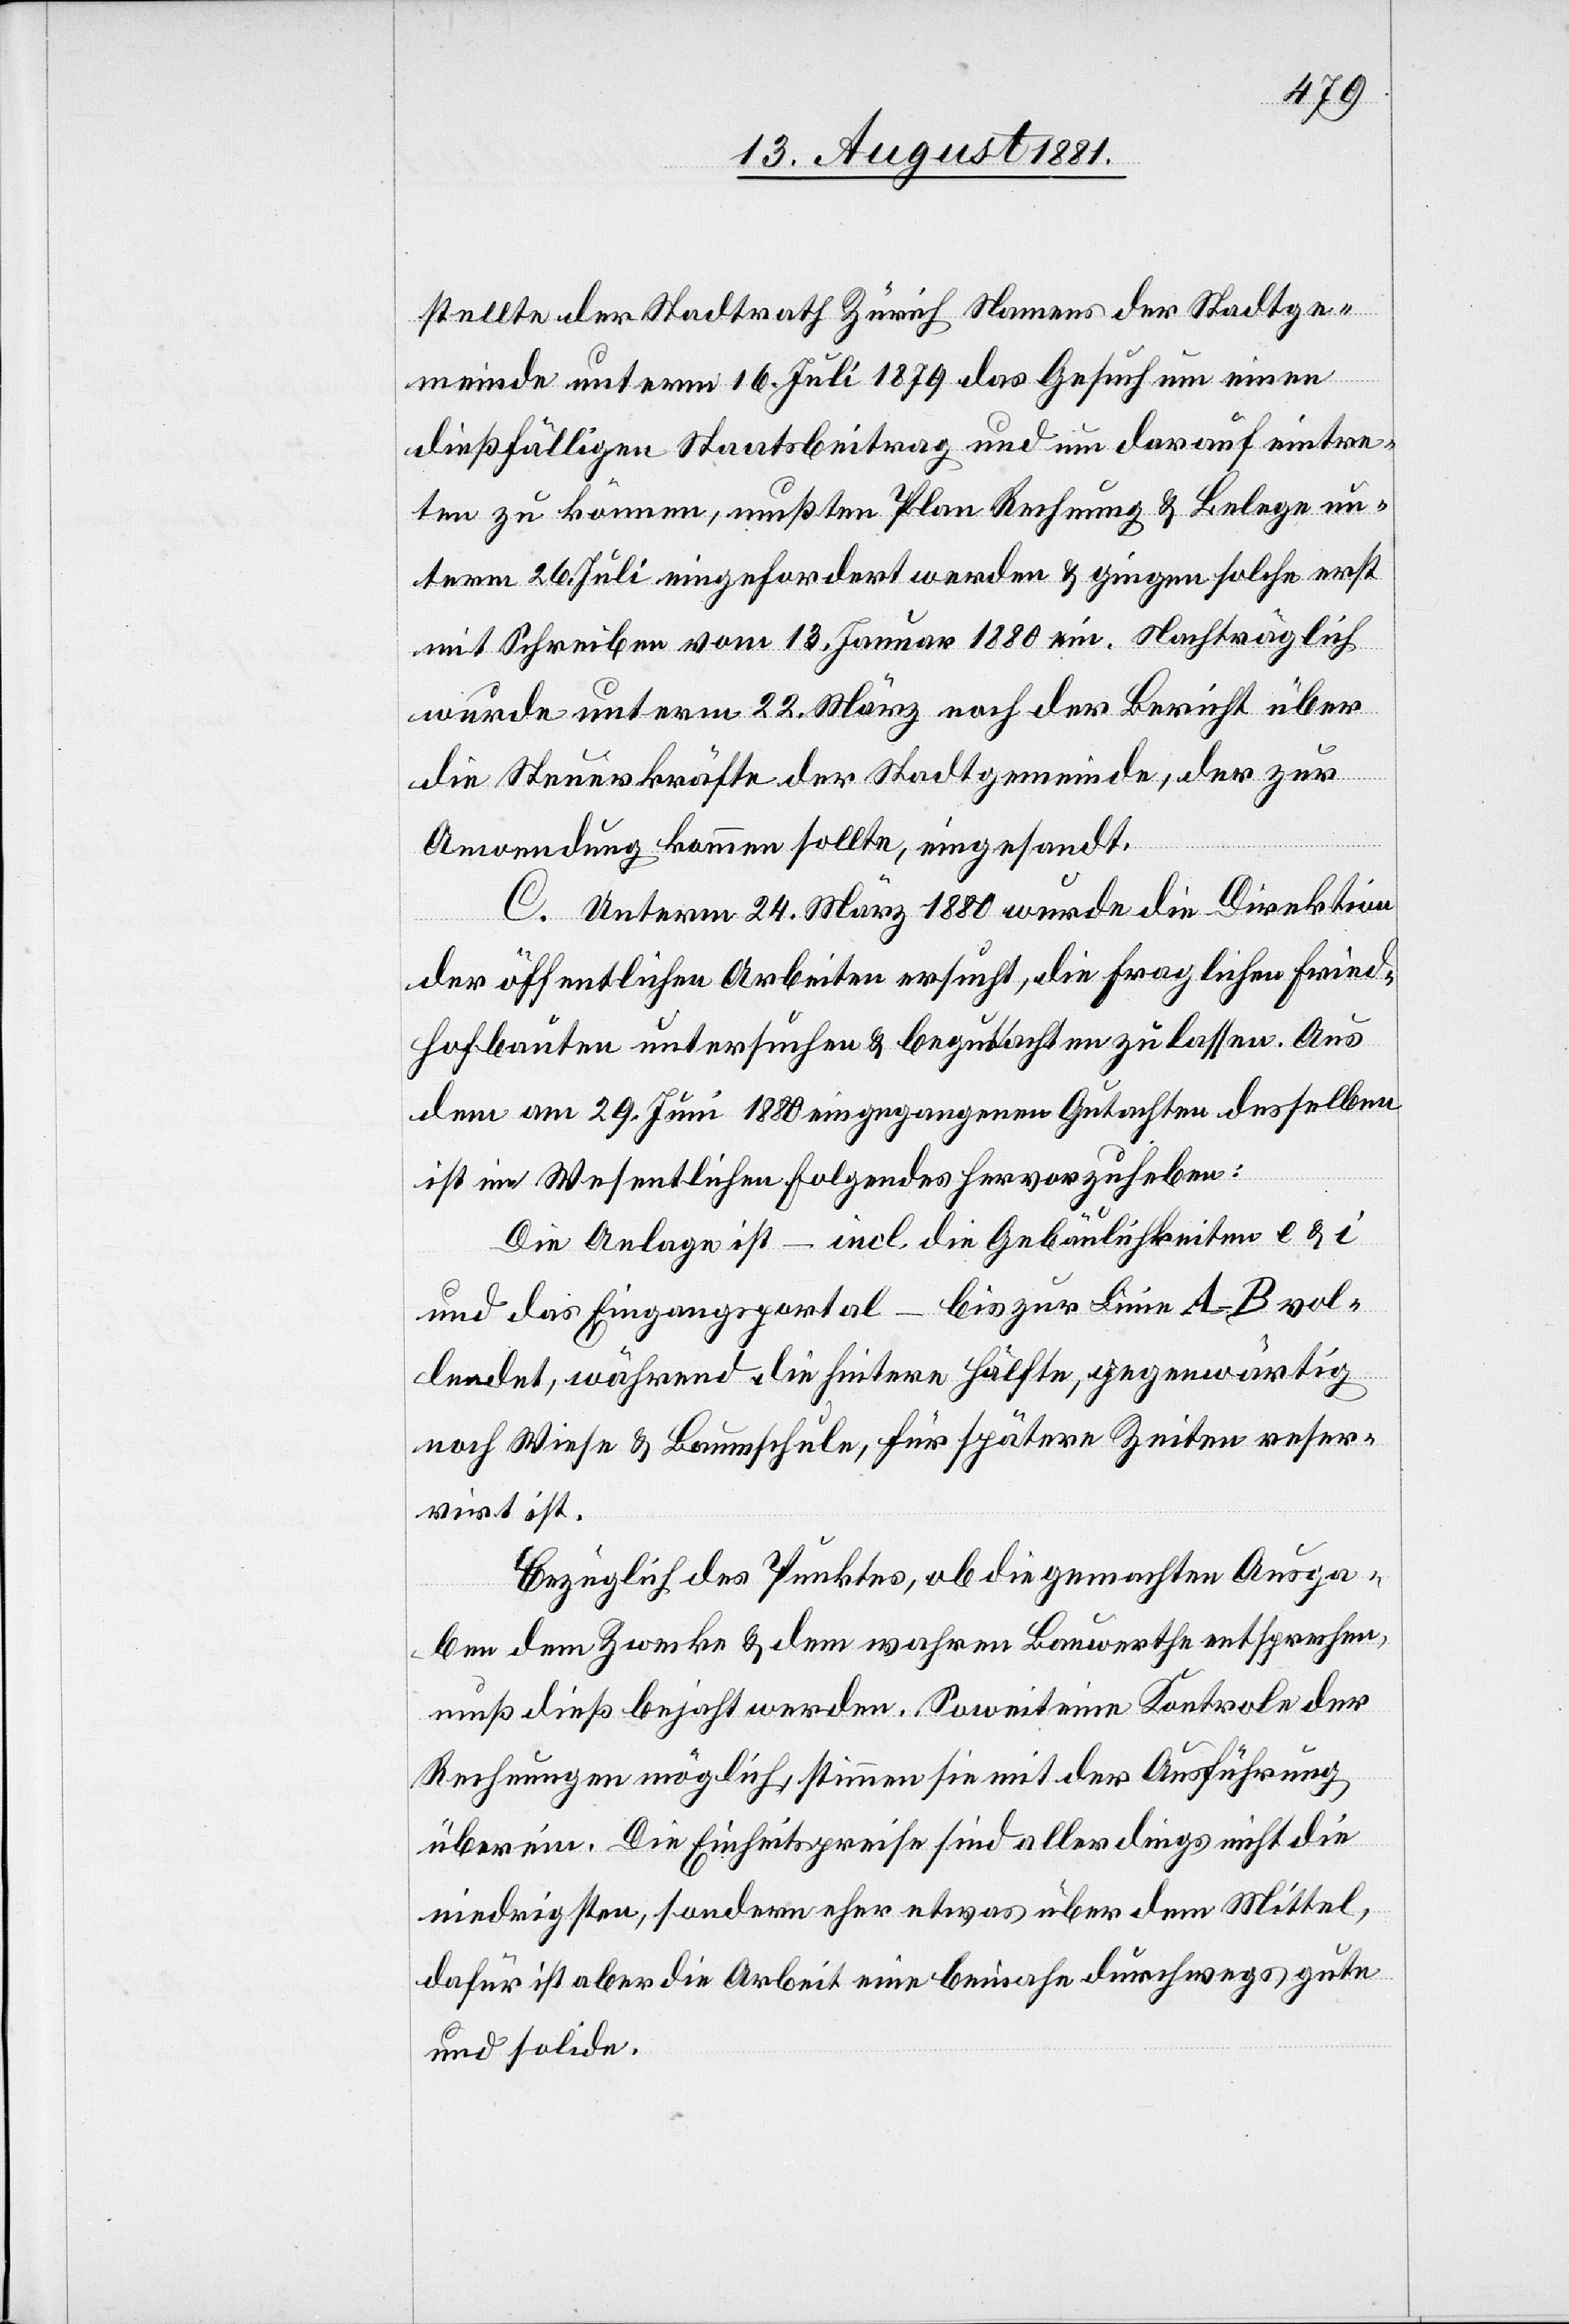
stellte der Stadtrath Zürich Namens der Stadtge¬
meinde unterm 16. Juli 1879 das Gesuch um einen
dießfälligen Staatsbeitrag und um darauf eintre¬
ten zu können, mußten Plan[,] Rechnung & Belege un¬
term 26. Juli eingefordert werden & gingen solche erst
mit Schreiben vom 13. Januar 1880 ein. Nachträglich
wurde unterm 22. März noch der Bericht über
die Steuerkräfte der Stadtgemeinde, der zur
Anwendung kommen sollte, eingesandt.
C. Unterm 24. März 1880 wurde die Direktion
der öffentlichen Arbeiten ersucht, die fraglichen Fried¬
hofbauten untersuchen & begutachten zu lassen. Aus
dem am 29. Juni 1880 eingegangenen Gutachten desselben
ist im Wesentlichen Folgendes hervorzuheben:
Die Anlage ist – incl. die Gebäulichkeiten e & i
und das Eingangsportal – bis zur Linie A–B vol¬
lendet, während die hintere Hälfte, gegenwärtig
noch Wiese & Baumschule, für spätere Zeiten reser¬
virt ist.
Bezüglich des Punktes, ob die gemachten Ausga¬
ben dem Zwecke & dem wahren Bauwerthe entsprechen,
muß dieß bejaht werden. Soweit eine Kontrole der
Rechnung möglich, stimmen sie mit der Ausführung
überein. Die Einheitspreise sind allerdings nicht die
niedrigsten, sondern eher etwas über dem Mittel,
dafür ist aber die Arbeit eine beinahe durchwegs gute
und solide.